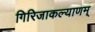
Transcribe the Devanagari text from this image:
गिरिजाकल्याणम्